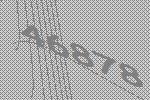
46878